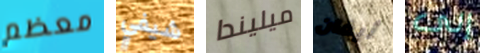
معظم شيفي ميليندا أيفان إلى